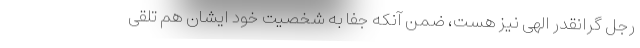
رجل گرانقدر الهی نیز هست، ضمن آنکه جفا به شخصیت خود ایشان هم تلقی